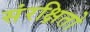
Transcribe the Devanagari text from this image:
संरक्षितो